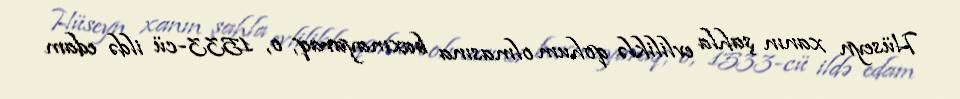
Hüseyn xanın şahla evliliklə qohum olmasına baxmayaraq, o, 1533-cü ildə edam